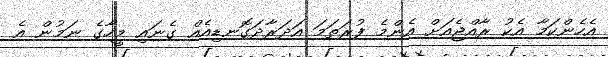
އެހެންކަމާ އެކު ރާއްޖެއަށް އެންމެ ފުރަތަމަ އަދަރާދަގޮނޑިއެއް ގެނައި މީހާގެ ނަމުން އެ